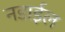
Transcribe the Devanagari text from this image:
नडाईल